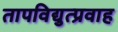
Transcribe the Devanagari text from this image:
तापविद्युत्प्रवाह